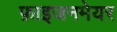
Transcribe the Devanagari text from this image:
फ़ाइजनमेयर